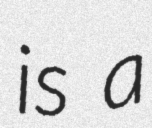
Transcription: is a